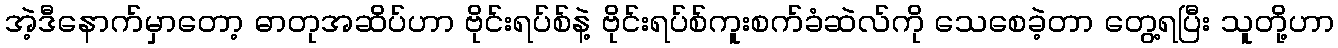
အဲ့ဒီနောက်မှာတော့ ဓာတုအဆိပ်ဟာ ဗိုင်းရပ်စ်နဲ့ ဗိုင်းရပ်စ်ကူးစက်ခံဆဲလ်ကို သေစေခဲ့တာ တွေ့ရပြီး သူတို့ဟာ